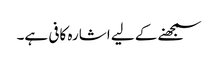
سمجھنے کے لیے اشارہ کافی ہے۔